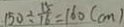
1 5 0 \div \frac { 1 5 } { 1 6 } = 1 6 0 ( c m )